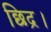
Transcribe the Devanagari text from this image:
छिद्र।